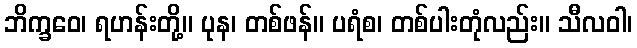
ဘိက္ခဝေ၊ ရဟန်းတို့။ ပုန၊ တစ်ဖန်။ ပရံစ၊ တစ်ပါးတုံလည်း။ သီလဝါ၊